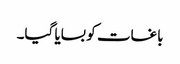
باغات کو بسایا گیا۔